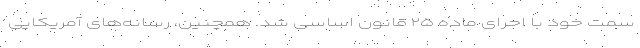
سمت خود با اجرای ماده ۲۵ قانون اساسی شد. همچنین، رسانه‌های آمریکایی